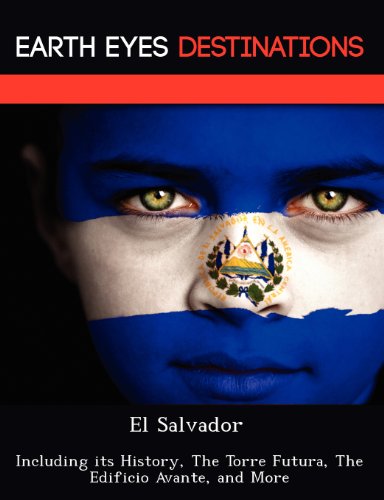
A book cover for El Salvador: Including its History, The Torre Futura, The Edificio Avante, and More; Renee Browning; Travel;